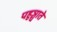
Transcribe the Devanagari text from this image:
पहुञ्चाते